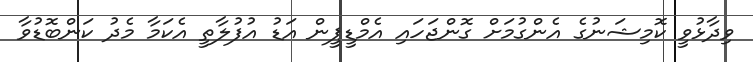
ވިދާޅުވީ ކޮމިޝަނުގެ އެންގުމަށް ގޮންޖަހައި އެމްޑީޕީން އަޑު އުފުލާތީ އެކަމާ މެދު ކަންބޮޑުވާ